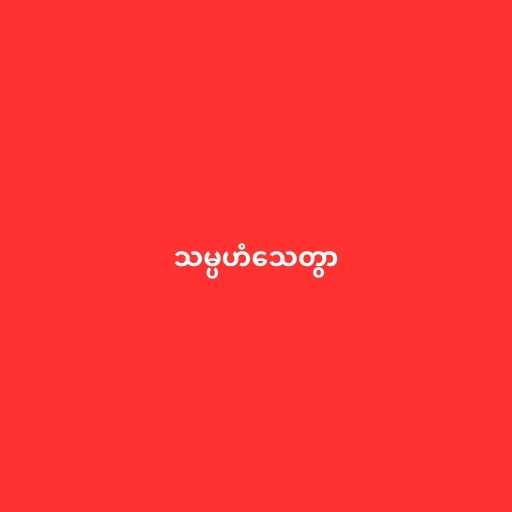
သမ္ပဟံသေတွာ